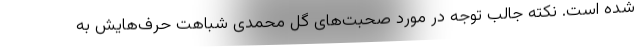
شده است. نکته جالب توجه در مورد صحبت‌های گل محمدی شباهت حرف‌هایش به